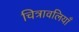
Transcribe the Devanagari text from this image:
चित्रावलियाँ